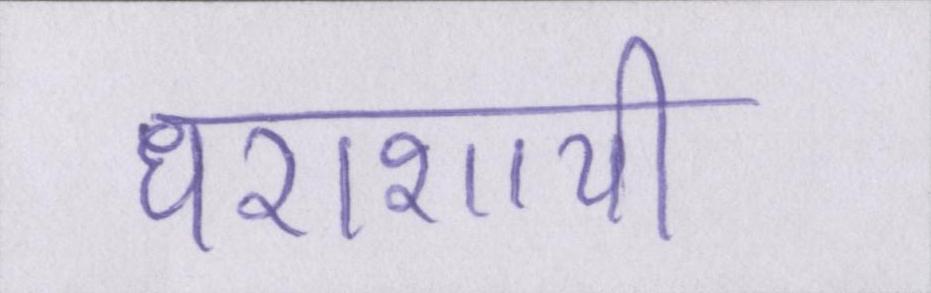
धराशायी